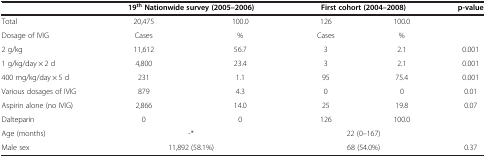
<table><thead><tr><td><b> </b></td><td colspan="2"><b>19<sup>th </sup>Nationwide survey (2005–2006)</b></td><td colspan="2"><b>First cohort (2004–2008)</b></td><td><b>p-value</b></td></tr></thead><tbody><tr><td>Total</td><td>20,475</td><td>100.0</td><td>126</td><td>100.0</td><td> </td></tr><tr><td>Dosage of IVIG</td><td>Cases</td><td>%</td><td>Cases</td><td>%</td><td> </td></tr><tr><td>2 g/kg</td><td>11,612</td><td>56.7</td><td>3</td><td>2.1</td><td>0.001</td></tr><tr><td>1 g/kg/day × 2 d</td><td>4,800</td><td>23.4</td><td>3</td><td>2.1</td><td>0.001</td></tr><tr><td>400 mg/kg/day × 5 d</td><td>231</td><td>1.1</td><td>95</td><td>75.4</td><td>0.001</td></tr><tr><td>Various dosages of IVIG</td><td>879</td><td>4.3</td><td>0</td><td>0</td><td>0.01</td></tr><tr><td>Aspirin alone (no IVIG)</td><td>2,866</td><td>14.0</td><td>25</td><td>19.8</td><td>0.07</td></tr><tr><td>Dalteparin</td><td>0</td><td>0</td><td>126</td><td>100.0</td><td> </td></tr><tr><td>Age (months)</td><td colspan="2">-*</td><td colspan="2">22 (0–167)</td><td> </td></tr><tr><td>Male sex</td><td colspan="2">11,892 (58.1%)</td><td colspan="2">68 (54.0%)</td><td>0.37</td></tr></tbody></table>